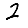
Digit: 2